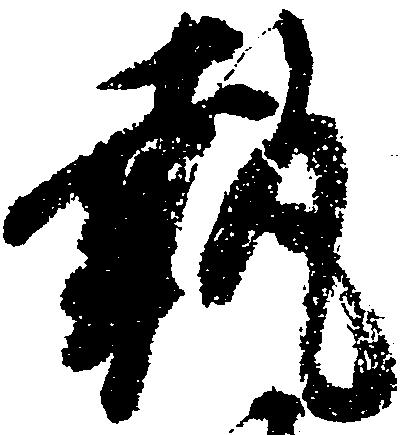
執